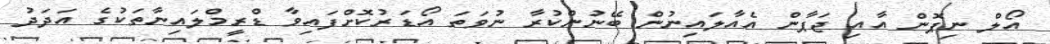
އޯލް ނިޕޮން އާއި ޖަޕާން އެއާލައިނުން ބޭނުންކުރާ ނުވަތަ އޯޑަރުކޮށްފައިވާ ޑްރީމްލައިނާތަކުގެ އަދަދު